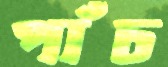
পাঁচ